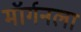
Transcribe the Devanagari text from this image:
मॉर्गनला